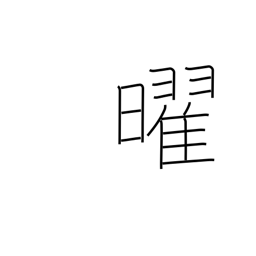
Meaning: weekday